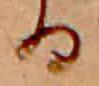
る